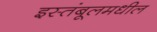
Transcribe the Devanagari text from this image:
इस्तंबूलमधील